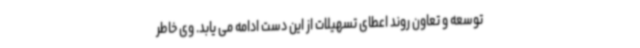
توسعه و تعاون روند اعطای تسهیلات از این دست ادامه می یابد. وی خاطر